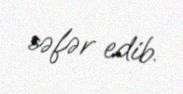
səfər edib.